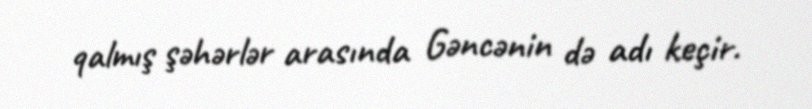
qalmış şəhərlər arasında Gəncənin də adı keçir.